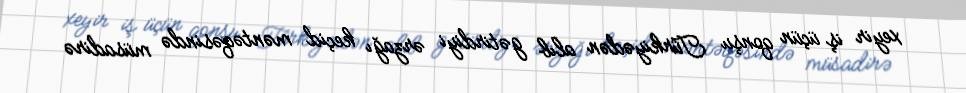
xeyir iş üçün qonşu Türkiyədən alıb gətirdiyi ərzağı keçid məntəqəsində müsadirə